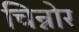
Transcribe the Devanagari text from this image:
चिन्नोर